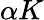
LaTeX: \alpha K